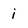
Character: i